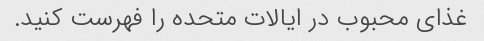
غذای محبوب در ایالات متحده را فهرست کنید.